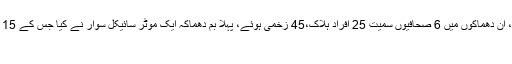
کابل میں ہونے والے 2 خودکش بم دھماکوں کی ذمہ داری داعش نے قبول کر لی، ان دھماکوں میں 6 صحافیوں سمیت 25 افراد ہلاک،45 زخمی ہوئے، پہلا بم دھماکہ ایک موٹر سائیکل سوار نے کیا جس کے 15 منٹ بعد دوسرا، دھماکہ ہوا جب جائے حادثہ پر کئی افراد اور صحافی جمع تھے
کابل ۔